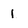
Character: 1